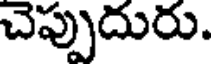
చెప్పుదురు.